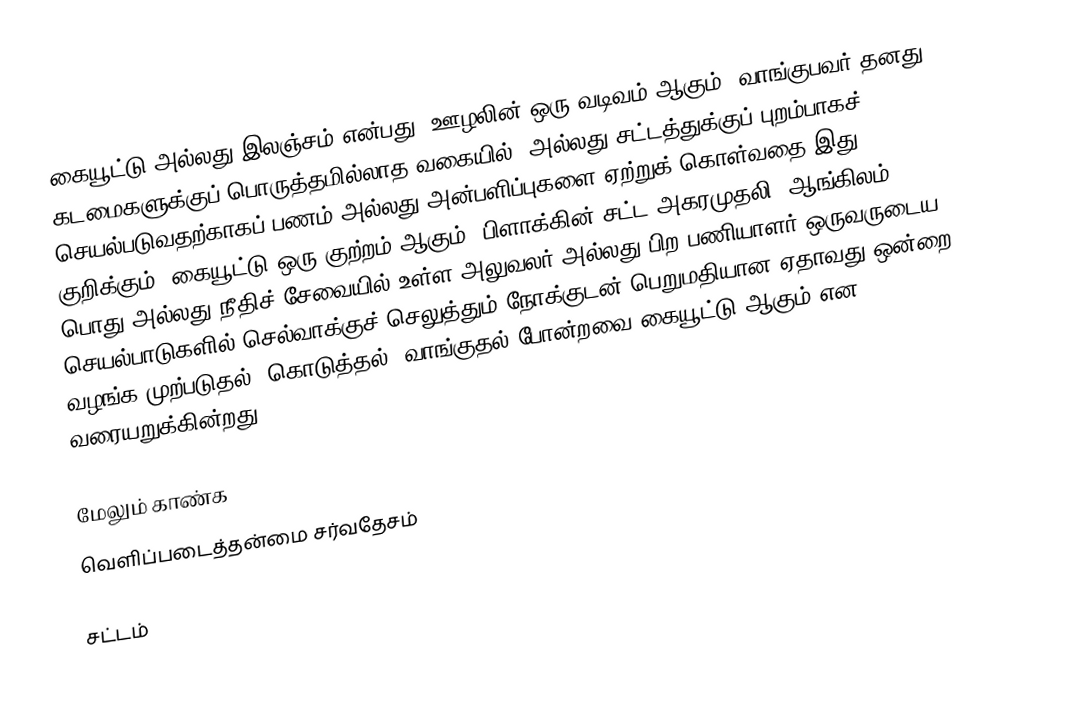
கையூட்டு அல்லது இலஞ்சம் என்பது, ஊழலின் ஒரு வடிவம் ஆகும். வாங்குபவர் தனது கடமைகளுக்குப் பொருத்தமில்லாத வகையில், அல்லது சட்டத்துக்குப் புறம்பாகச் செயல்படுவதற்காகப் பணம் அல்லது அன்பளிப்புகளை ஏற்றுக் கொள்வதை இது குறிக்கும். கையூட்டு ஒரு குற்றம் ஆகும். பிளாக்கின் சட்ட அகரமுதலி (ஆங்கிலம்), பொது அல்லது நீதிச் சேவையில் உள்ள அலுவலர் அல்லது பிற பணியாளர் ஒருவருடைய செயல்பாடுகளில் செல்வாக்குச் செலுத்தும் நோக்குடன் பெறுமதியான ஏதாவது ஒன்றை வழங்க முற்படுதல், கொடுத்தல், வாங்குதல் போன்றவை கையூட்டு ஆகும் என வரையறுக்கின்றது.

மேலும் காண்க
 வெளிப்படைத்தன்மை சர்வதேசம்

சட்டம்